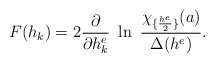
\begin{align*}F(h_k)=2{\partial \over \partial h^e_k}~\ln\ {\chi_{\{{h^e\over2}\}}(a)\over \Delta(h^e)}.\end{align*}